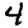
Digit: 4